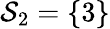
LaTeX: \mathcal{S}_{2}=\{ 3\}